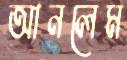
আনলেম